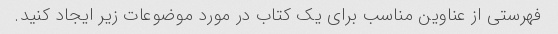
فهرستی از عناوین مناسب برای یک کتاب در مورد موضوعات زیر ایجاد کنید.